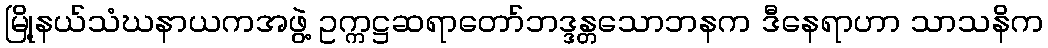
မြို့နယ်သံဃနာယကအဖွဲ့ ဥက္ကဋ္ဌဆရာတော်ဘဒ္ဒန္တသောဘနက ဒီနေရာဟာ သာသနိက